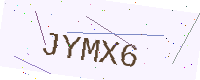
Text: JYMX6